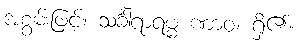
အစွမ်းဖြင့်။ သင်္ခါရာရမ္မ ဏာဝ၊ ရှိ၏။